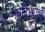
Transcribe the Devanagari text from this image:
नेत्रविभागाची